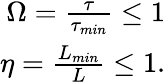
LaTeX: \begin{array}{r}{\Omega=\frac{\tau}{\tau_{min}}\leq 1}\\ {\eta=\frac{L_{min}}{L}\leq 1.}\end{array}